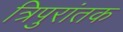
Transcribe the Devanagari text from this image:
त्रिपुरांतक